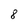
Character: 8